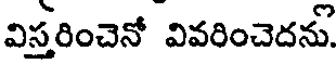
విస్తరించెనో వివరించెదను.